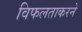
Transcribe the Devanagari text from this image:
विफलताकरने